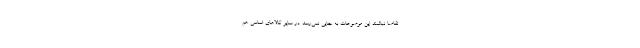
تقاضا نباشند این موضوعات به جایی نمی‌رسد. در سایر کالاهای اساسی هم